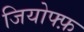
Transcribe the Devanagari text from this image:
जियोफ्फ़